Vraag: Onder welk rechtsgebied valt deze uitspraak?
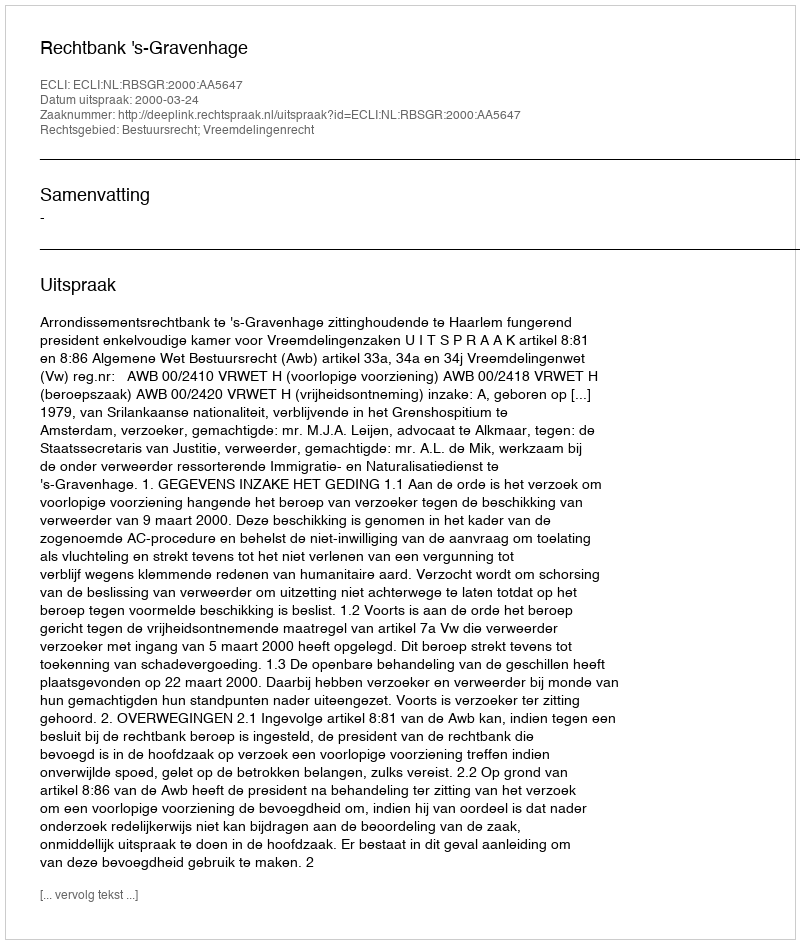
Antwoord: Bestuursrecht; Vreemdelingenrecht